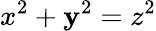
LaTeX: x^{2}+\mathbf{y}^{2}=z^{2}